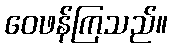
ဝေဖန်ကြသည်။